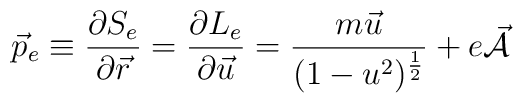
\vec{p}_e \equiv \frac{\partial S_e}{\partial \vec{r}} =\frac{\partial L_e}{\partial \vec{u}} = \frac{m \vec{u}}{(1 -u^2)^{\frac{1}{2}}} + e \vec{{\cal A}}